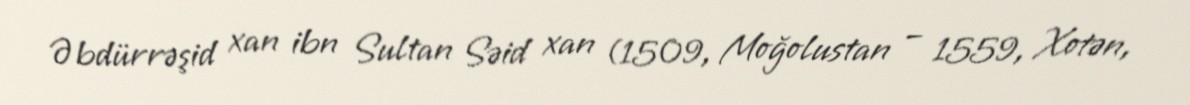
Əbdürrəşid xan ibn Sultan Səid xan (1509, Moğolustan – 1559, Xotən,